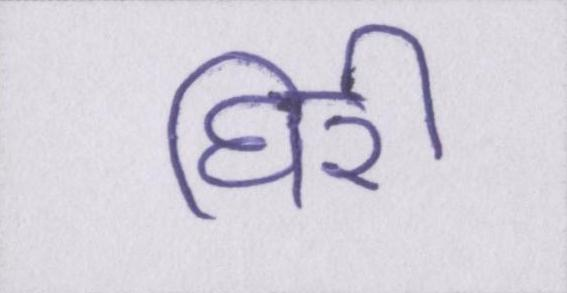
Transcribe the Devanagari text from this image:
घिरी